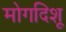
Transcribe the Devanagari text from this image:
मोगदिशू